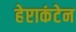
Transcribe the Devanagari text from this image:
हेप्टाकंटेन